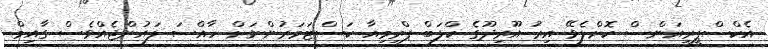
އެކްސްޕީރިއަންސް ކޮށްލެވޭ އިރު އޫރިދޫގެ ކްލަބް ޕްރިމިއާ ކަސްޓަމަރުންނަށް ހާއްސަ ލައުންޖެއްވެސް ގާއިމް